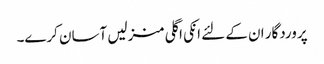
پروردگار ان کے لئے انکی اگلی منزلیں آسان کرے۔